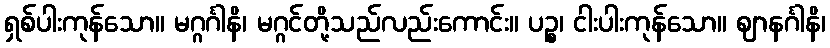
ရှစ်ပါးကုန်သော။ မဂ္ဂင်္ဂါနိ၊ မဂ္ဂင်တို့သည်လည်းကောင်း။ ပဉ္စ၊ ငါးပါးကုန်သော။ ဈာနင်္ဂါနိ၊